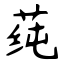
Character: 莼